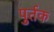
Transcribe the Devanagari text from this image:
पुर्तक